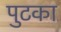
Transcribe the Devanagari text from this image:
पुटका